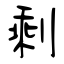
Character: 剩